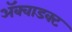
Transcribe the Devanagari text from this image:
ॲक्वाडक्ट